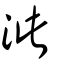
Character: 泚